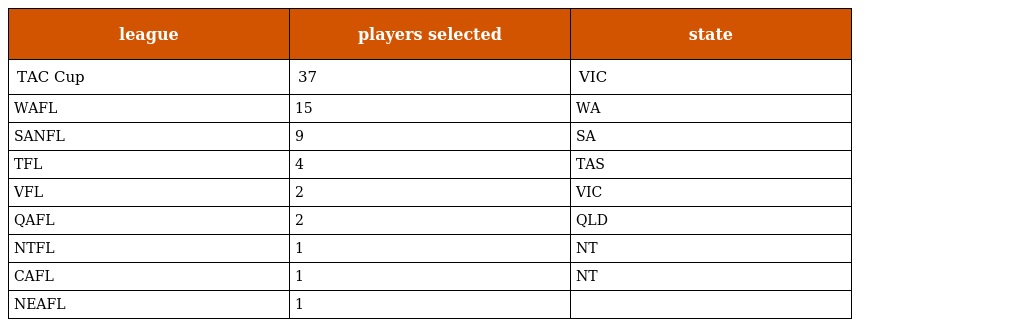
| league | players selected | state |
 | --- | --- | --- |
 | TAC Cup | 37 | VIC |
 | WAFL | 15 | WA |
 | SANFL | 9 | SA |
 | TFL | 4 | TAS |
 | VFL | 2 | VIC |
 | QAFL | 2 | QLD |
 | NTFL | 1 | NT |
 | CAFL | 1 | NT |
 | NEAFL | 1 |  |